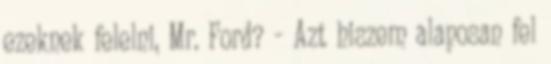
ezeknek felelni, Mr. Ford? - Azt hiszem alaposan fel